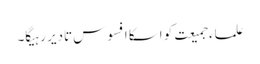
علماء جمیعت کو اسکا افسوس تادیر رہیگا۔